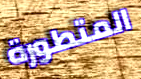
المتطورة